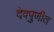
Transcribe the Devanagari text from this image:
देवपुणीत